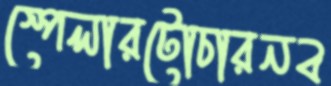
স্পেলারটোচারনব